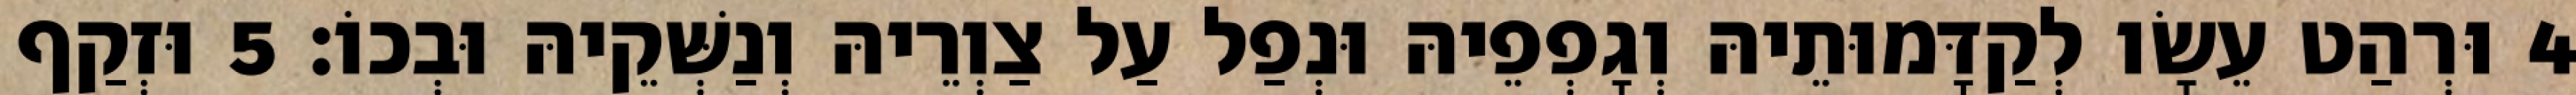
4 וּרְהַט עֵשָׂו לְקַדָּמוּתֵיהּ וְגָפְפֵיהּ וּנְפַל עַל צַוְרֵיהּ וְנַשְּׁקֵיהּ וּבְכוֹ׃ 5 וּזְקַף